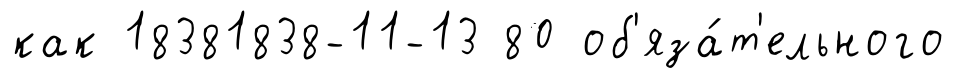
как 18381838-11-13 80 об'яза́т'ельного